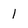
Character: i